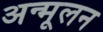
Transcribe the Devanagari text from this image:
अन्मूलन